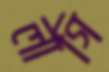
লাগি